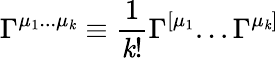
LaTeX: \Gamma^{\mu_{1}...\mu_{\mathit{k}}}\equiv{\frac{{1}}{{\mathit{k}!}}}\Gamma^{[\mu_{1}}...\Gamma^{\mu_{\mathit{k}}]}